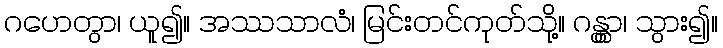
ဂဟေတွာ၊ ယူ၍။ အဿသာလံ၊ မြင်းတင်ကုတ်သို့။ ဂန္တွာ၊ သွား၍။